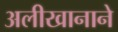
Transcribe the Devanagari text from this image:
अलीखानाने